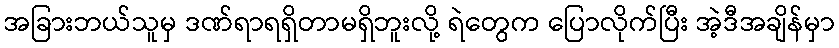
အခြားဘယ်သူမှ ဒဏ်ရာရရှိတာမရှိဘူးလို့ ရဲတွေက ပြောလိုက်ပြီး အဲ့ဒီအချိန်မှာ